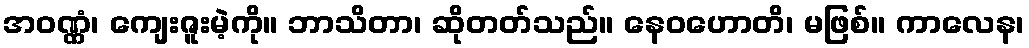
အဝဏ္ဏံ၊ ကျေးဇူးမဲ့ကို။ ဘာသိတာ၊ ဆိုတတ်သည်။ နေဝဟောတိ၊ မဖြစ်။ ကာလေန၊